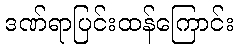
ဒဏ်ရာပြင်းထန်ကြောင်း